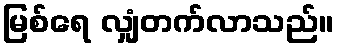
မြစ်ရေ လျှံတက်လာသည်။